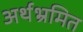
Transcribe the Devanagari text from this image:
अर्थभ्रमित